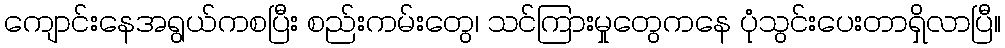
ကျောင်းနေအရွယ်ကစပြီး စည်းကမ်းတွေ၊ သင်ကြားမှုတွေကနေ ပုံသွင်းပေးတာရှိလာပြီ။